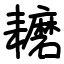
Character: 耱